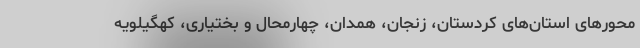
محور‌های استان‌های کردستان، زنجان، همدان، چهارمحال و بختیاری، کهگیلویه